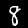
Label: 8